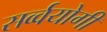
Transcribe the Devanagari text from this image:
सर्व्वयोगी